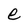
Character: e